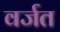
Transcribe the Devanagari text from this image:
वर्जत